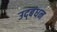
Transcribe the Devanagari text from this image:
उद्‍बंधन